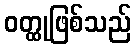
ဝတ္ထုဖြစ်သည်